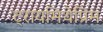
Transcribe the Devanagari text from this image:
ट्रायमिथेप्रिम